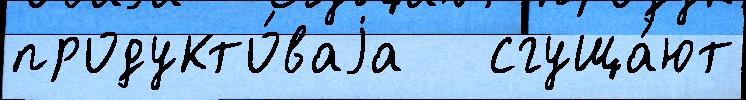
продукто́ваjа   сгуща́ют